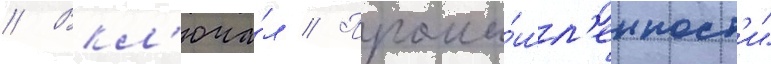
// Вкл'юча́л // Промы́шл'енност'и"